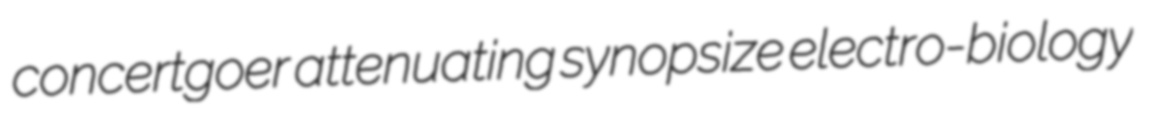
concertgoer attenuating synopsize electro-biology